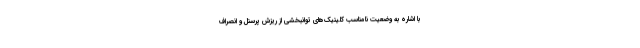
با اشاره به وضعیت نامناسب کلینیک‌های توانبخشی از ریزش پرسنل و انصراف